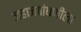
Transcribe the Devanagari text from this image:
जहाजबांधणीला